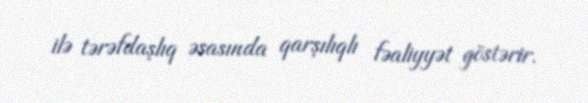
ilə tərəfdaşlıq əsasında qarşılıqlı fəaliyyət göstərir.